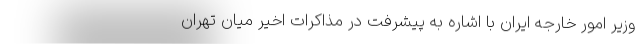
وزیر امور خارجه ایران با اشاره به پیشرفت در مذاکرات اخیر میان تهران